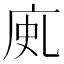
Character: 𢈗